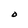
Character: D